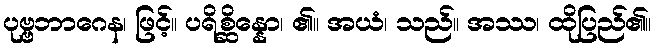
ပုဗ္ဗဘာဂေန၊ ဖြင့်။ ပရိစ္ဆိန္နော၊ ၏။ အယံ၊ သည်။ အဿ၊ ထိုပြည်၏။